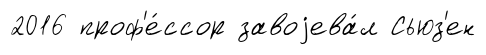
2016 проф'е́ссор завоjева́л Сьюз'ен